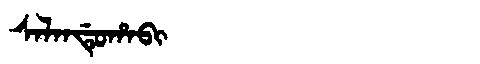
Manchu: ᠰᠠᠯᠠᠨᡩᡠᡥᠠᠪᡳ
Romanization: SALANDUHABI